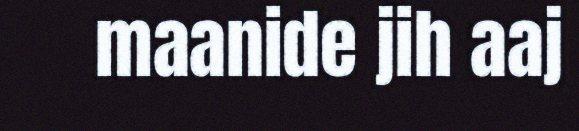
maanide jih aaj